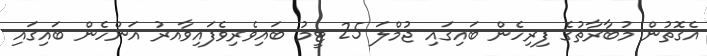
އެގޮތުން މުބާރާތުގެ ފިރިހެން ބައިގައި ޖުމްލަ 25 ޓީމު ބައިވެރިވެފައިވާއރު އަންހެން ބައިގައި